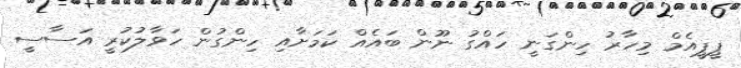
ޕީޕީއެމް މިހާރު ހިންގަނީ ހައްގު ނޫން ބައެއް ކަމަށާއި ހިންގުން ހަވާލުކުރީ އަސާސީ